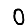
Digit: 0